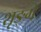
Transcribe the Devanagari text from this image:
शृङ्गे